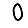
Digit: 0